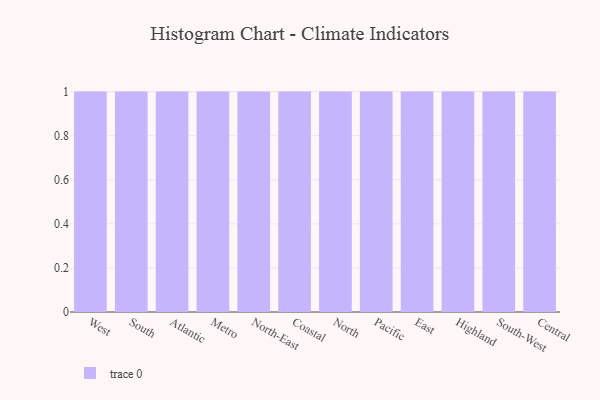
{"axis": {"x": "Region", "y": "Tickets Resolved"}, "legend": [""], "data": [{"x": "West", "y": 37, "type": ""}, {"x": "South", "y": 47, "type": ""}, {"x": "Atlantic", "y": 70, "type": ""}, {"x": "Metro", "y": 10, "type": ""}, {"x": "North-East", "y": 21, "type": ""}, {"x": "Coastal", "y": 54, "type": ""}, {"x": "North", "y": 58, "type": ""}, {"x": "Pacific", "y": 100, "type": ""}, {"x": "East", "y": 26, "type": ""}, {"x": "Highland", "y": 75, "type": ""}, {"x": "South-West", "y": 44, "type": ""}, {"x": "Central", "y": 89, "type": ""}]}